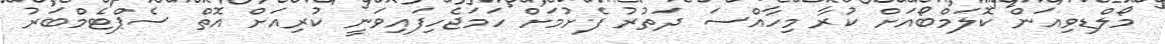
މޯލްޑިވިއަން ކޮލަމްބޯއަށް ކުރާ މިހާއްސަ ދަތުރު ފެށުމަށް ހަމަޖެހިފައިވަނީ ކުރިއަށް އޮތް ސެޕްޓެމްބަރު